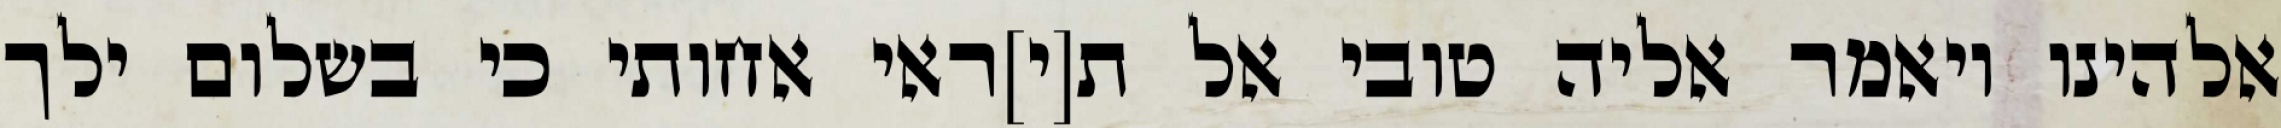
אלהינו ויאמר אליה טובי אל ת[י]ראי אחותי כי בשלום ילך